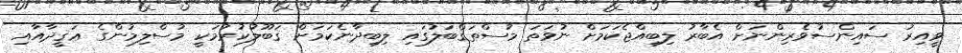
ވީއިރު ސައިންސުވެރިންނަށް އެބާރު ލިބިއްޖެކަމަށް ނުވަތަ މުސްތަޤްބަލުގައި ލިބިދާނެކަމަށް ޤަބޫލުކުރުމަކީ މުސްލިމުންގެ ޢަޤީދާއާއި